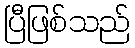
ပြီဖြစ်သည်